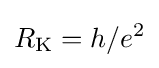
R_{\text{K}}=h/e^{2}